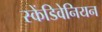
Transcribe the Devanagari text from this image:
स्केंडिवेनियन